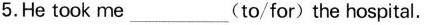
5.He took me____(to/for)the hospital.